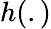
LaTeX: h(.)